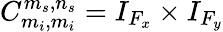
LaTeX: C_{m_{i},m_{i}}^{m_{s},n_{s}}=I_{F_{x}}\times I_{F_{y}}